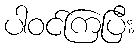
ပါဝင်ကြပြီး